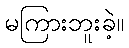
မကြားဘူးခဲ့။